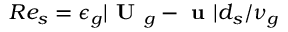
R e _ { s } = \epsilon _ { g } | \textbf { U } _ { g } - \textbf { u } | d _ { s } / \nu _ { g }